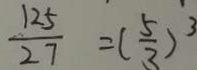
\frac { 1 2 5 } { 2 7 } = ( \frac { 5 } { 3 } ) ^ { 3 }